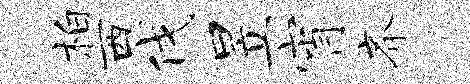
柏西伐昱宵齐